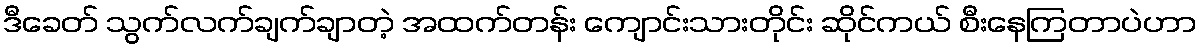
ဒီခေတ် သွက်လက်ချက်ချာတဲ့ အထက်တန်း ကျောင်းသားတိုင်း ဆိုင်ကယ် စီးနေကြတာပဲဟာ